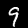
Digit: 9